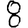
Digit: 8